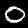
Label: 0